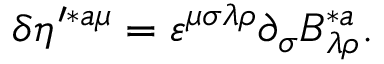
\delta \eta ^ { \prime * a \mu } = \varepsilon ^ { \mu \sigma \lambda \rho } \partial _ { \sigma } B _ { \lambda \rho } ^ { * a } .